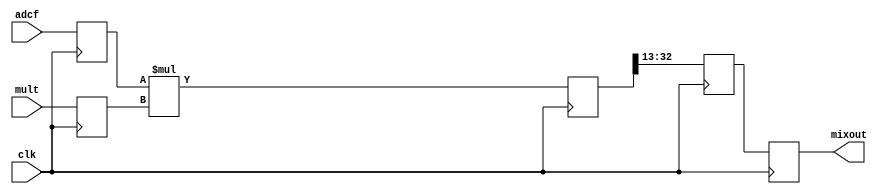
`timescale 1ns / 1ns

module mixer #(
   parameter NORMALIZE = 0,
   parameter NUM_DROP_BITS = 1, // Number of bits to drop at the output.
                                // The typical case is where mult is never
                                // -FS, so we can drop at least 1 redundant
                                // sign bit from the output
   parameter dwi       = 16, // Width of ADC input
   parameter davr      = 4,  // Guard bits to keep at output. E.g. if downstream
                             // CIC averaging is 64, the useful data increase is sqrt(64),
                             // so add 3 bits; 4 bits to account for rounding error
   parameter dwlo      = 18  // Width of local-oscillator input
) (
   input                        clk,
   input  signed [dwi-1:0]      adcf,
   input  signed [dwlo-1:0]     mult,
   output signed [dwi+davr-1:0] mixout
);

   reg signed [dwi-1+davr:0] mixout_r = 0;
   reg signed [dwi-1:0]      adcf1 = 0;
   reg signed [dwlo-1:0]     mult1 = 0;
   reg signed [dwi+dwlo-1:0] mix_out_r = 0;
   reg signed [dwi-1+davr:0] mix_out1 = 0, mix_out2 = 0;

   generate
   if (NORMALIZE==1) begin : g_normalize
      reg  signed [dwi+dwlo-1:0] mixmulti=0;
      wire signed [dwi+dwlo-1:0] mix_out_w=mixmulti;//adcf*mult;
      always @(posedge clk) begin
         mixmulti <= adcf * mult;
         mixout_r <= mix_out_w[dwi+dwlo-1:dwlo-davr] + mix_out_w[dwlo-davr-1];
      end
      assign mixout = mixout_r;
   end
   else begin : ng_normalize
      always @(posedge clk) begin
         adcf1     <= adcf;
         mult1     <= mult;
         mix_out_r <= adcf1 * mult1;  // internal multiplier pipeline
         mix_out1  <= mix_out_r[dwi+dwlo-NUM_DROP_BITS-1:dwlo-davr-NUM_DROP_BITS];
         mix_out2  <= mix_out1;
      end
      assign mixout = mix_out2;
   end
   endgenerate

endmodule